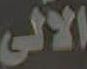
الآلي